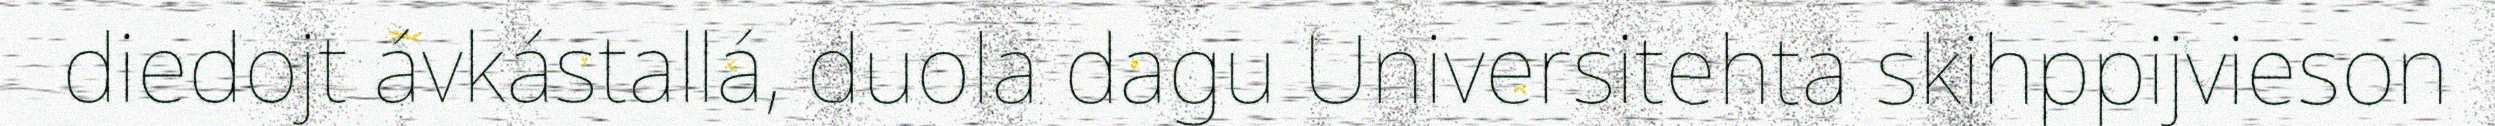
diedojt ávkástallá, duola dagu Universitehta skihppijvieson